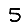
Digit: 5